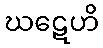
ဃဋေဟိ